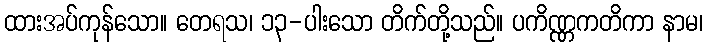
ထားအပ်ကုန်သော။ တေရသ၊ ၁၃-ပါးသော တိက်တို့သည်။ ပကိဏ္ဏကတိကာ နာမ၊